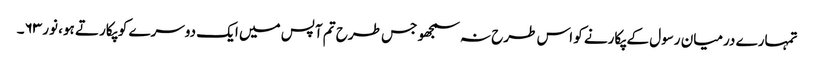
تمہارے درمیان رسول کے پکارنے کو اس طرح نہ سمجھو جس طرح تم آپس میں ایک دوسرے کو پکارتے ہو، نور ۶۳۔